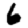
Digit: 6